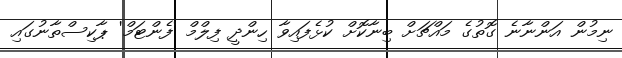
ނިމުން އަންނާނެ ގޮތުގެ މައްޗަށް ބިނާކޮށް ކުޅެފައިވާ ހިންދީ ފިލްމް 'ފެންޓަމް' ޕާކިސްތާނުގައި